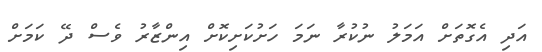
އަދި އެގޮތަށް އަމަލު ނުކުރާ ނަމަ ހަށުކަށިކޮށް އިންޒާރު ވެސް ދޭ ކަމަށް